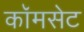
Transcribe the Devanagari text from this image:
कॉमसेट